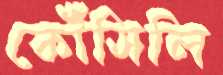
কৌঁসিলি